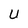
Character: U